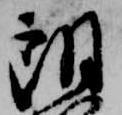
朗